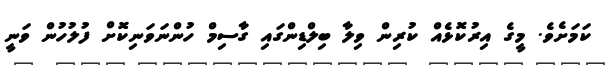
ކަމަށެވެ. މީގެ އިރުކޮޅެއް ކުރިން ވިލާ ބިލްޑިންގައި ގާސިމް ހުންނަވަނިކޮށް ފުލުހުން ވަނީ